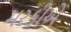
મરકીએ